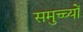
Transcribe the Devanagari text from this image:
समुच्च्यों